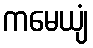
ကမေယျံ